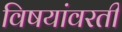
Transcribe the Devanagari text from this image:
विषयांवरती